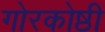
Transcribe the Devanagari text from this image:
गोरकोष्ठी